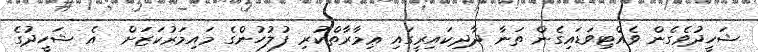
ޝަހީދުވެގެން ވެއްޓިވަޑައިގެން ތަނާ ދާދިކައިރީގައި ޢިމާރާތްކުރި ފުލުހުންގެ މައިމަރުކަޒަށް  އެ ޝަހީދުގެ